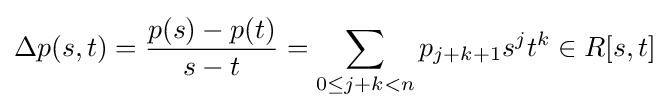
\Delta p(s,t)={\frac {p(s)-p(t)}{s-t}}=\sum _{0\leq j+k<n}p_{j+k+1}s^{j}t^{k}\in R[s,t]